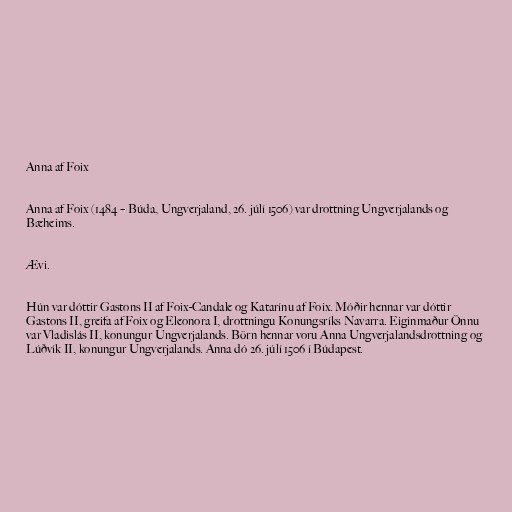
Anna af Foix

Anna af Foix (1484 – Búda, Ungverjaland, 26. júlí 1506) var drottning Ungverjalands og
Bæheims.

Ævi.

Hún var dóttir Gastons II af Foix-Candale og Katarínu af Foix. Móðir hennar var dóttir
Gastons II, greifa af Foix og Eleonora I, drottningu Konungsríks Navarra. Eiginmaður Önnu
var Vladislás II, konungur Ungverjalands. Börn hennar voru Anna Ungverjalandsdrottning og
Lúðvík II, konungur Ungverjalands. Anna dó 26. júlí 1506 í Búdapest.